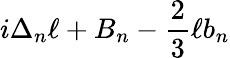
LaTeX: i\Delta_{n}\ell+B_{n}-{\frac{2}{3}}\ell b_{n}